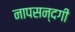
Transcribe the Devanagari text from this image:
नापसन्दगी